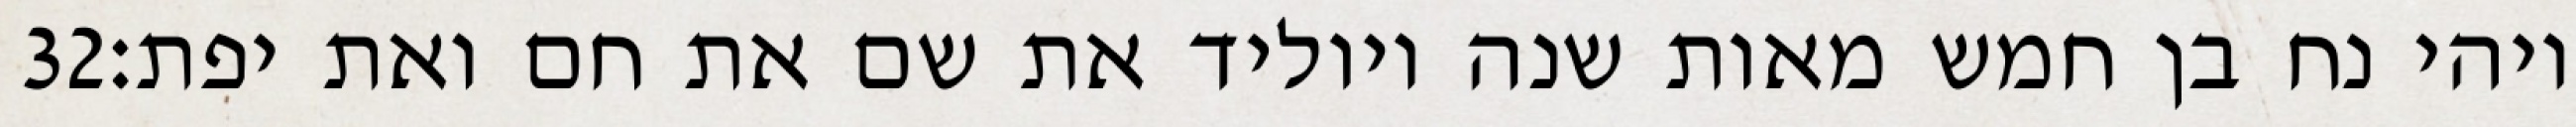
‎32‏ ויהי נח בן חמש מאות שנה ויוליד את שם את חם ואת יפת׃